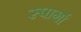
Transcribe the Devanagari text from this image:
स्पार्गा